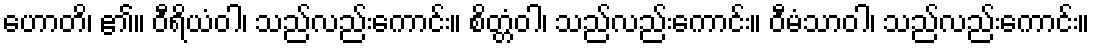
ဟောတိ၊ ၏။ ဝီရိယံဝါ၊ သည်လည်းကောင်း။ စိတ္တံဝါ၊ သည်လည်းကောင်း။ ဝီမံသာဝါ၊ သည်လည်းကောင်း။